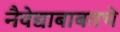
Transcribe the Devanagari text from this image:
नैवेद्याबाबतचे